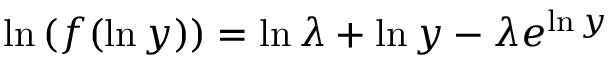
\ln { ( f ( \ln { y } ) ) } = \ln { \lambda } + \ln { y } - \lambda e ^ { \ln { y } }